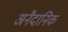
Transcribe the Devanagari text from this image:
अनैदानिक